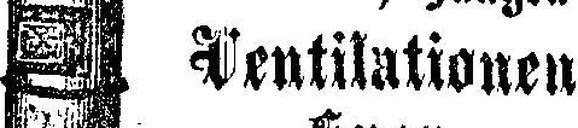
Ventilationen